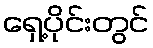
ရှေ့ပိုင်းတွင်